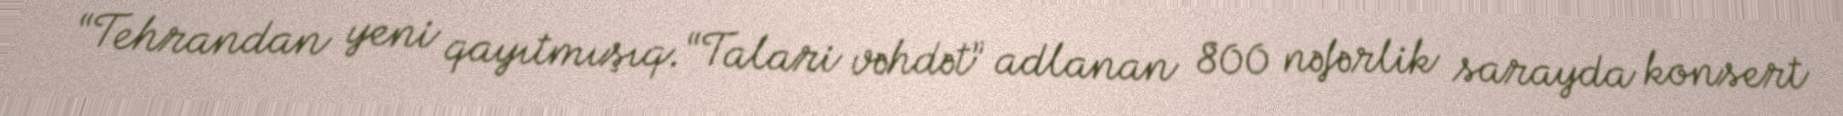
“Tehrandan yeni qayıtmışıq.“Talari vəhdət” adlanan 800 nəfərlik sarayda konsert